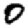
Digit: 0